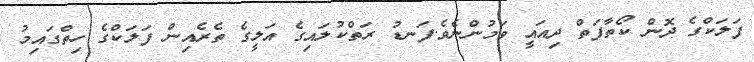
ފަލަކްގެ ދޮން ކޯތާފަތް ދިއައީ ވަމުންނެވެ.ފަނޑު ރަތްކުލައިގެ އަލީގެ ތެރެއިން ފަލަކްގެ ހިތްގައިމު